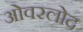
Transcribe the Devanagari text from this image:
ओवरलोद